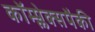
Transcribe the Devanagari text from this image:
कॉम्प्लेक्सपैकी